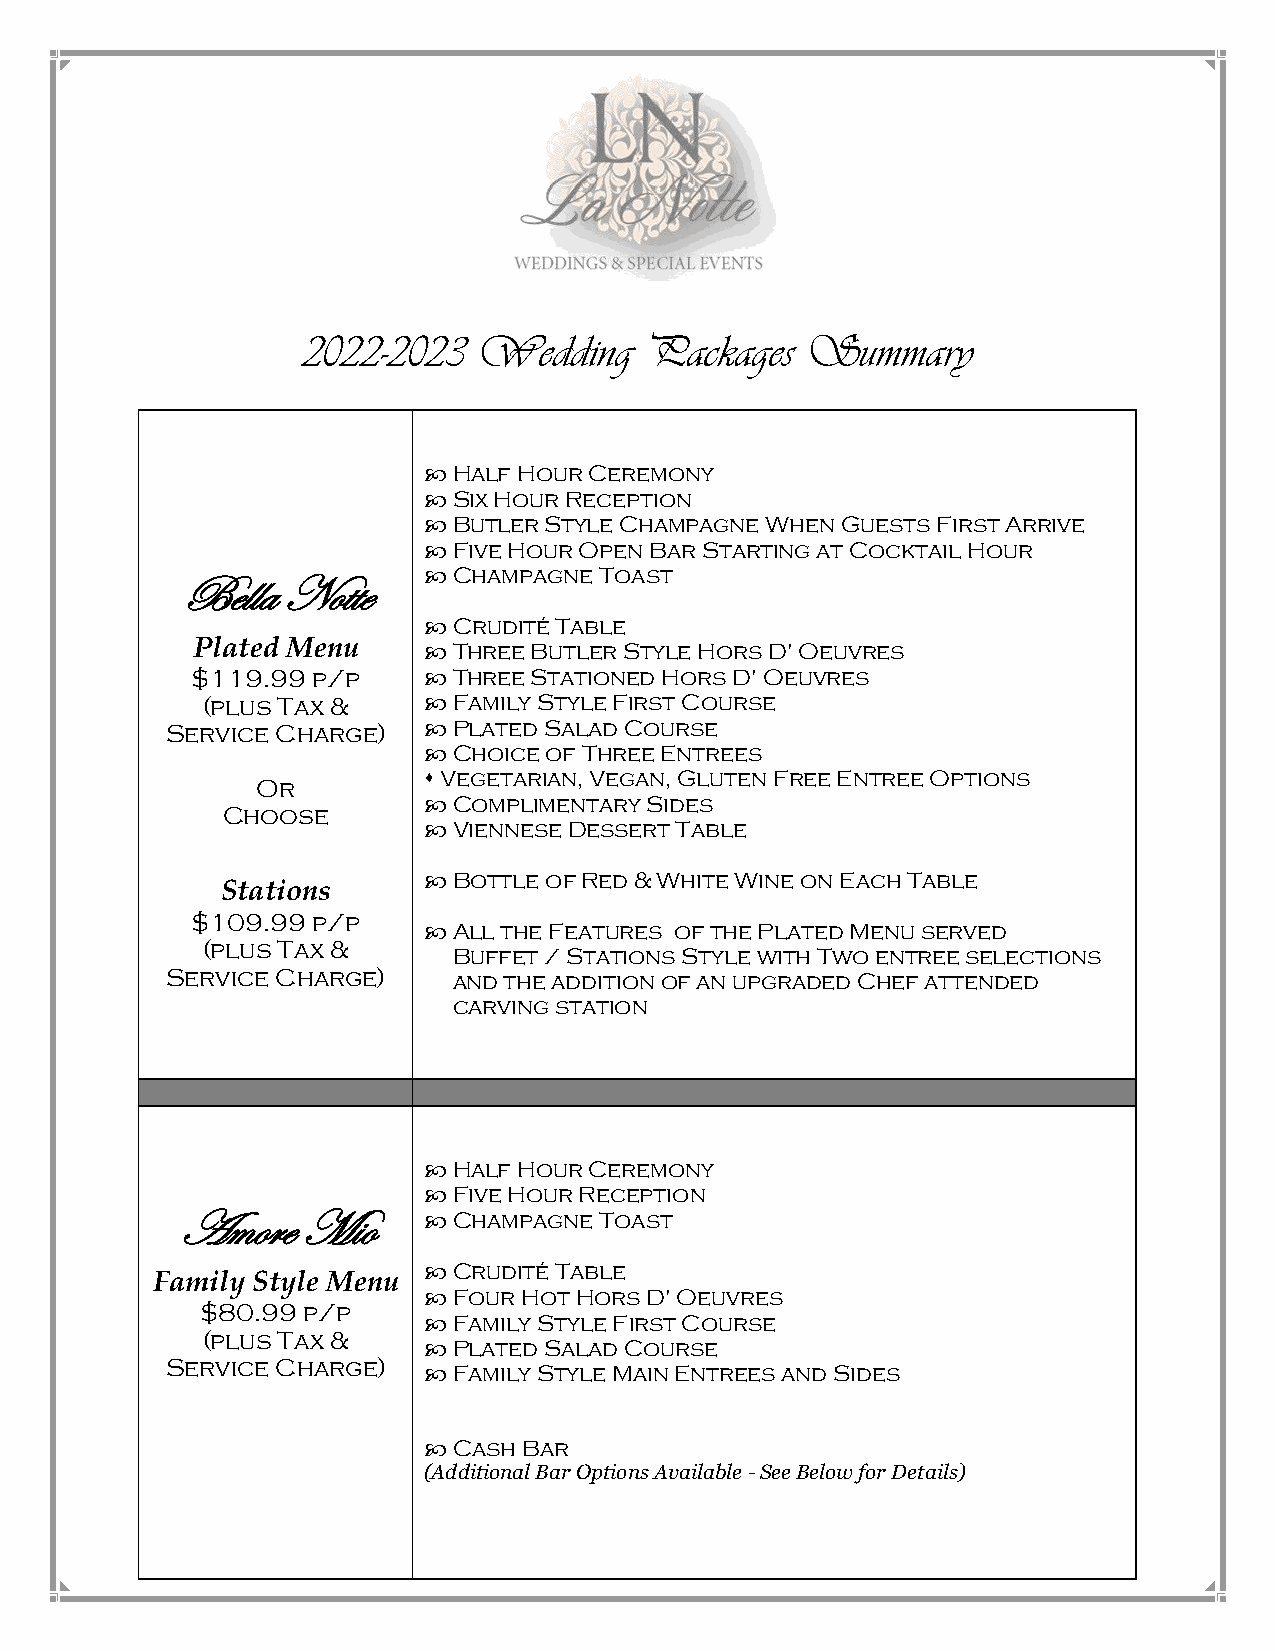
2022-2023   Wedding    Packages  Summary
  Half Hour Ceremony
  Six Hour Reception
  Butler Style Champagne When Guests First Arrive
  Five Hour Open Bar Starting at Cocktail Hour
  Champagne Toast
 Bella Notte
  Crudité Table
 Plated Menu     Three Butler Style Hors D' Oeuvres
 $119.99 p/p     Three Stationed Hors D' Oeuvres
 (plus Tax &     Family Style First Course
 Service Charge)   Plated Salad Course
  Choice of Three Entrees
 Or          Vegetarian, Vegan, Gluten Free Entree Options
 Choose        Complimentary Sides
  Viennese Dessert Table
  Bottle of Red & White Wine on Each Table
 Stations
 $109.99 p/p
  All the Features of the Plated Menu served
 (plus Tax &
 Buffet / Stations Style with Two entree selections
 Service Charge)    and the addition of an upgraded Chef attended
 carving station
  Half Hour Ceremony
  Five Hour Reception
 Amore    Mio      Champagne Toast
 Family Style Menu
  Crudité Table
  Four Hot Hors D' Oeuvres
 $80.99 p/p
  Family Style First Course
 (plus Tax &
  Plated Salad Course
 Service Charge)
  Family Style Main Entrees and Sides
  Cash Bar
 (Additional Bar Options Available - See Below for Details)